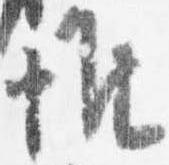
惟